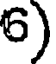
6)